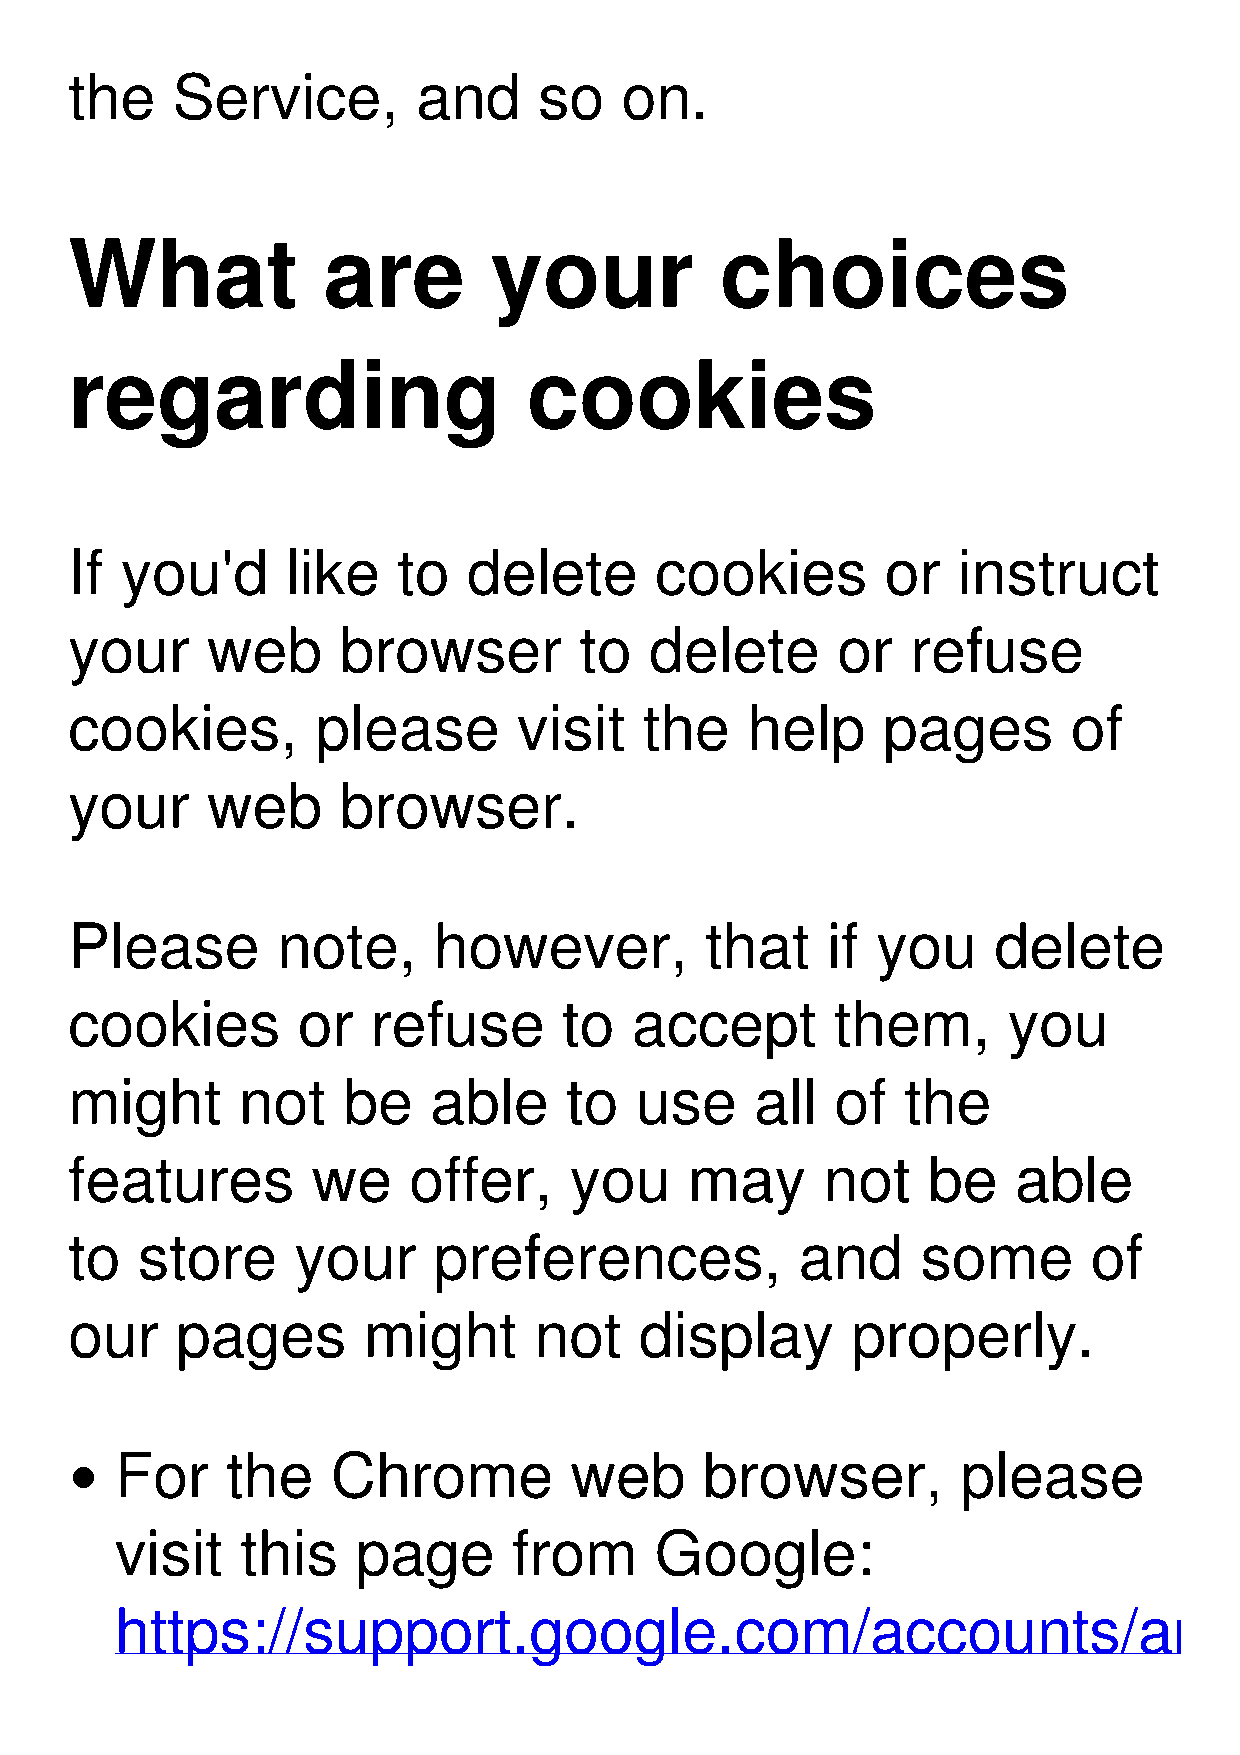
the   Service,         and     so   on.
 What            are        your            choices
 regarding                     cookies
 If you'd      like   to   delete      cookies         or  instruct
 your     web     browser         to   delete      or   refuse
 cookies,        please       visit    the   help     pages        of
 your     web     browser.
 Please       note,      however,          that    if you     delete
 cookies        or   refuse      to   accept       them,       you
 might      not    be   able     to   use     all  of   the
 features        we    offer,     you     may      not   be    able
 to  store     your      preferences,            and     some       of
 our    pages       might      not    display       properly.
 For    the    Chrome          web      browser,         please
 visit   this    page      from     Google:
 https://support.google.com/accounts/answer/32050